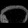
Digit: ၈